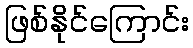
ဖြစ်နိုင်ကြောင်း